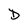
Character: D